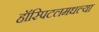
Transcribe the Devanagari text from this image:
हॉस्पिटलमधल्या